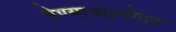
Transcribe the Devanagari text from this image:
येण्याआगोदर